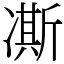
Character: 凘